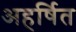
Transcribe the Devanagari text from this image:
अहर्षित